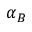
\alpha _ { B }